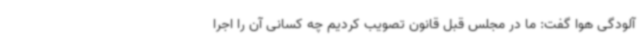
آلودگی هوا گفت: ما در مجلس قبل قانون تصویب کردیم چه کسانی آن را اجرا